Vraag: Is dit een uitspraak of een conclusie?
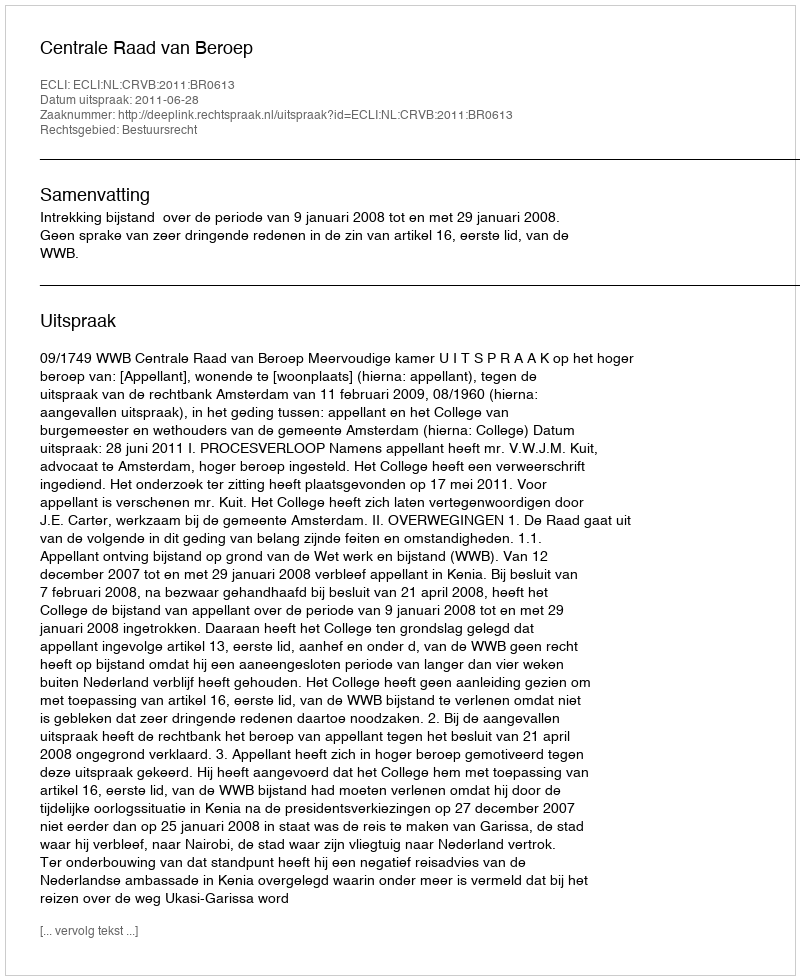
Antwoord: Uitspraak